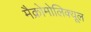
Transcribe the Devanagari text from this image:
मैक्रोमोलिक्यूल